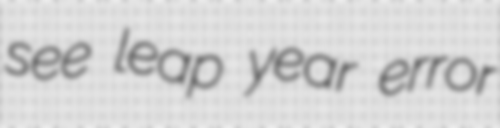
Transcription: see leap year error